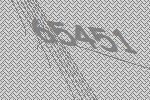
65451